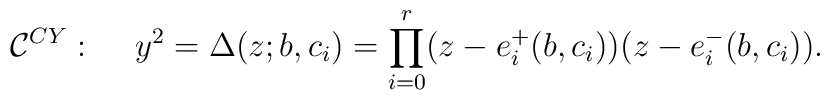
{\cal C}^{CY}: \hspace{5mm} y^2=\Delta(z;b,c_i)=\prod_{i=0}^{r}(z-e^{+}_i(b,c_i))(z-e^{-}_i(b,c_i)).